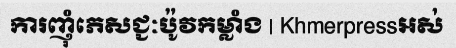
ការញុំភេសជ្ជៈប៉ូវកម្លាំង | Khmerpressអស់